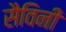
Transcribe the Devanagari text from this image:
सैविनी